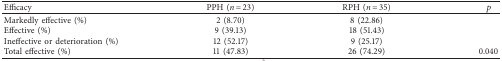
<table><thead><tr><td><b>Efficacy</b></td><td><b>PPH (<i>n</i> = 23)</b></td><td><b>RPH (<i>n</i> = 35)</b></td><td><b><i>p</i></b></td></tr></thead><tbody><tr><td>Markedly effective (%)</td><td>2 (8.70)</td><td>8 (22.86)</td><td> </td></tr><tr><td>Effective (%)</td><td>9 (39.13)</td><td>18 (51.43)</td><td> </td></tr><tr><td>Ineffective or deterioration (%)</td><td>12 (52.17)</td><td>9 (25.17)</td><td> </td></tr><tr><td>Total effective (%)</td><td>11 (47.83)</td><td>26 (74.29)</td><td>0.040</td></tr></tbody></table>